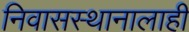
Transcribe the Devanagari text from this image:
निवासस्थानालाही